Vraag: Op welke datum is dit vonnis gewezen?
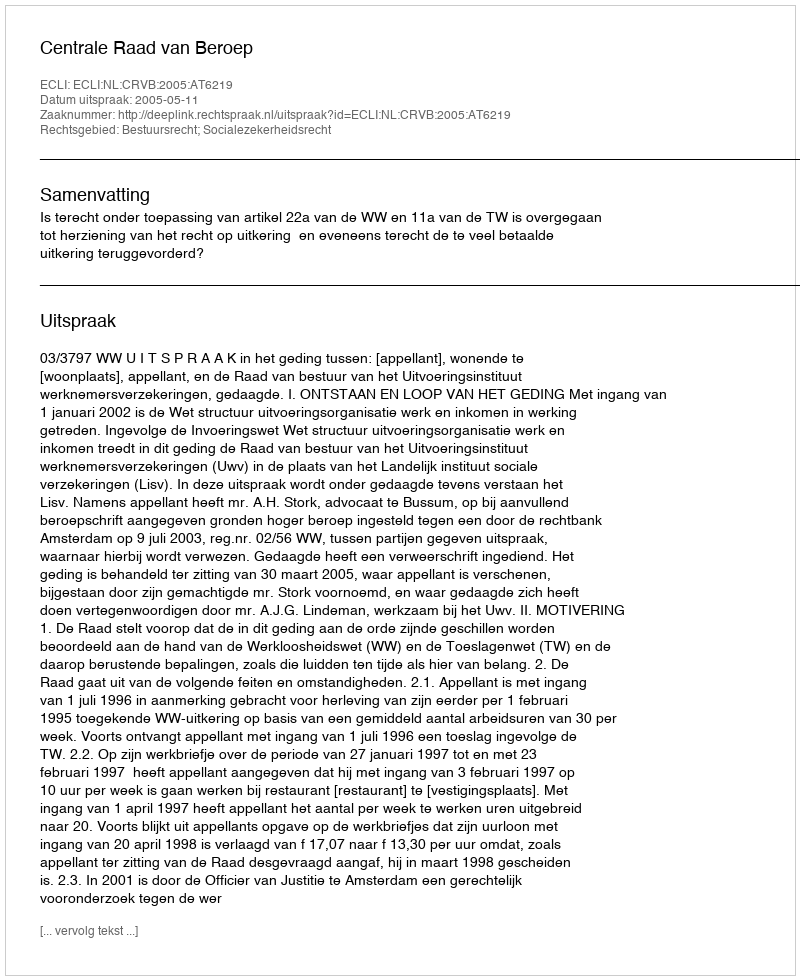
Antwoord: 2005-05-11